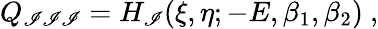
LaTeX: Q_{\mathscr{I}\mathscr{I}\mathscr{I}}=H_{\mathscr{I}}(\xi,\eta;-E,\beta_{1},\beta_{2})\ ,